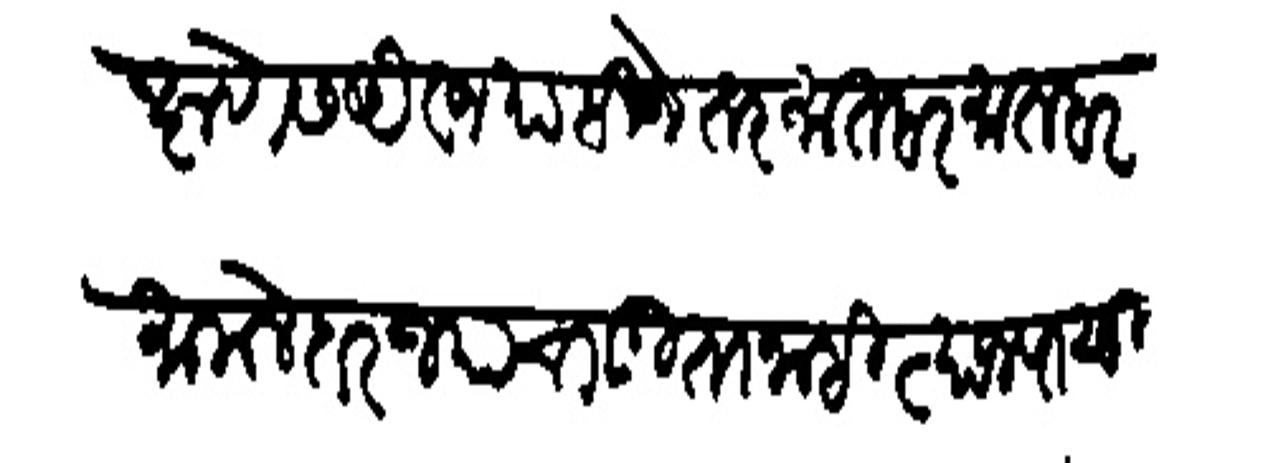
Transliteration (Devanagari): दक्षणेस ऐवज पाहिजे तर मातबर मातबर मामलेदार ज्याचा गृता नाही त्याजपासून